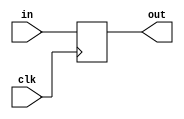
module TempPc(in,out,clk);
	input[31:0] in;
	output[31:0] out;
	input clk;
	reg[31:0] out;
	initial
	begin
		out=0;
	end
	always @(posedge clk) begin
		out<=in;
	end

endmodule